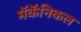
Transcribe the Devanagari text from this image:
मॅकॅनिकल